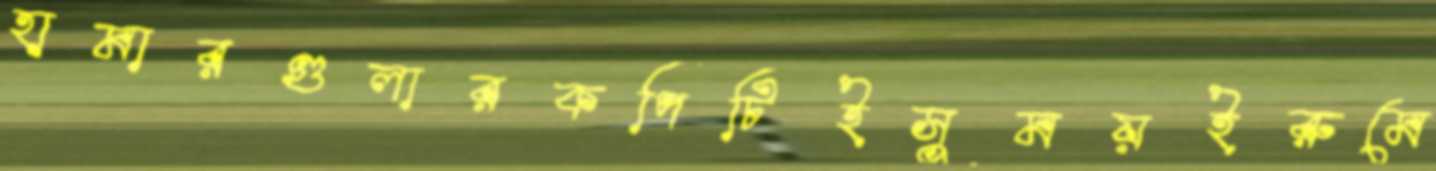
হামারগুলারকপিটিইসুময়ইরুমে